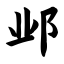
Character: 邺